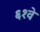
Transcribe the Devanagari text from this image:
६१वे